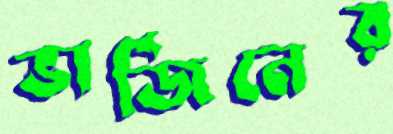
ভার্জিনের